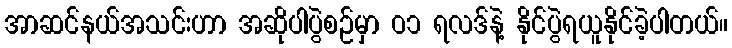
အာဆင်နယ်အသင်းဟာ အဆိုပါပွဲစဉ်မှာ ဝ၁ ရလဒ်နဲ့ နိုင်ပွဲရယူနိုင်ခဲ့ပါတယ်။